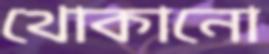
থোকানো